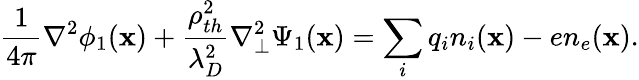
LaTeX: \frac{1}{4\pi}\nabla^{2}\phi_{1}(\textbf{x})+\frac{\rho_{th}^{2}}{\lambda_{D}^{2}}\nabla_{\perp}^{2}\Psi_{1}(\textbf{x})=\sum_{i}q_{i}n_{i}(\textbf{x})-en_{e}(\textbf{x}).